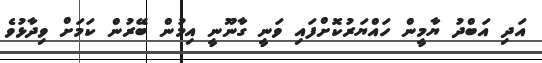
އަދި އަބްދު ޔާމީން ހައްޔަރުކޮށްފައި ވަނީ ގާނޫނީ އިމުން ބޭރުން ކަމަށް ވިދާޅުވެ